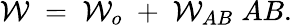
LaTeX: {\cal W}\; =\; {\cal W}_{o}\; +\; {\cal W}_{AB}\; AB.